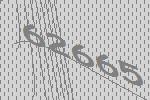
62665